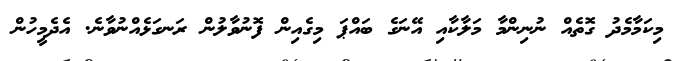
މިކަމާމެދު ގޮތެއް ނުނިންމާ މަލާކާއި އޭނަގެ ބައްޕަ މިގެއިން ފޮނުވާލުން ރަނގަޅެއްނުވާނެ. އެދެމީހުން